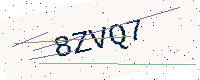
Text: 8ZVQ7